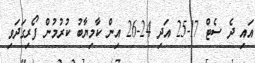
އައި ދެ ސެޓް 17-25 އަދި 24-26 އިން ކާމިޔާބު ކުރުމުން ފޯރިގަދަވި